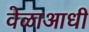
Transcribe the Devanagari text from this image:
वेळाआधी